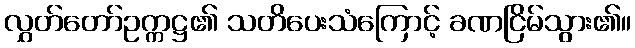
လွှတ်တော်ဥက္ကဋ္ဌ၏ သတိပေးသံကြောင့် ခဏငြိမ်သွား၏။